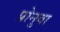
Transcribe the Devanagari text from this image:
प्रोनुवा